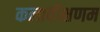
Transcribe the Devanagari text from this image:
कलावीक्षणम